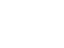
ဝိသုဒ္ဓိ